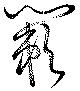
簌